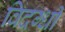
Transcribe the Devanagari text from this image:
विदग्धी